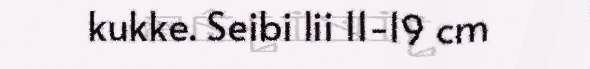
kukke. Seibi lii 11-19 cm